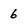
Character: 6